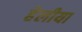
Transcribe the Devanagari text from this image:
हेलीया